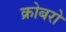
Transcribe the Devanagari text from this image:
क्रोबरो